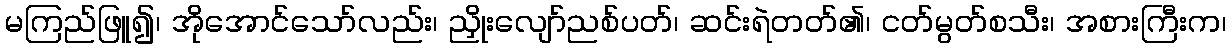
မကြည်ဖြူ၍၊ အိုအောင်သော်လည်း၊ ညှိုးလျော်ညစ်ပတ်၊ ဆင်းရဲတတ်၏၊ ငတ်မွတ်စသီး၊ အစားကြီးက၊